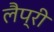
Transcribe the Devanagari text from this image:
लैप्री